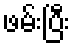
ဖမ်းပြီး